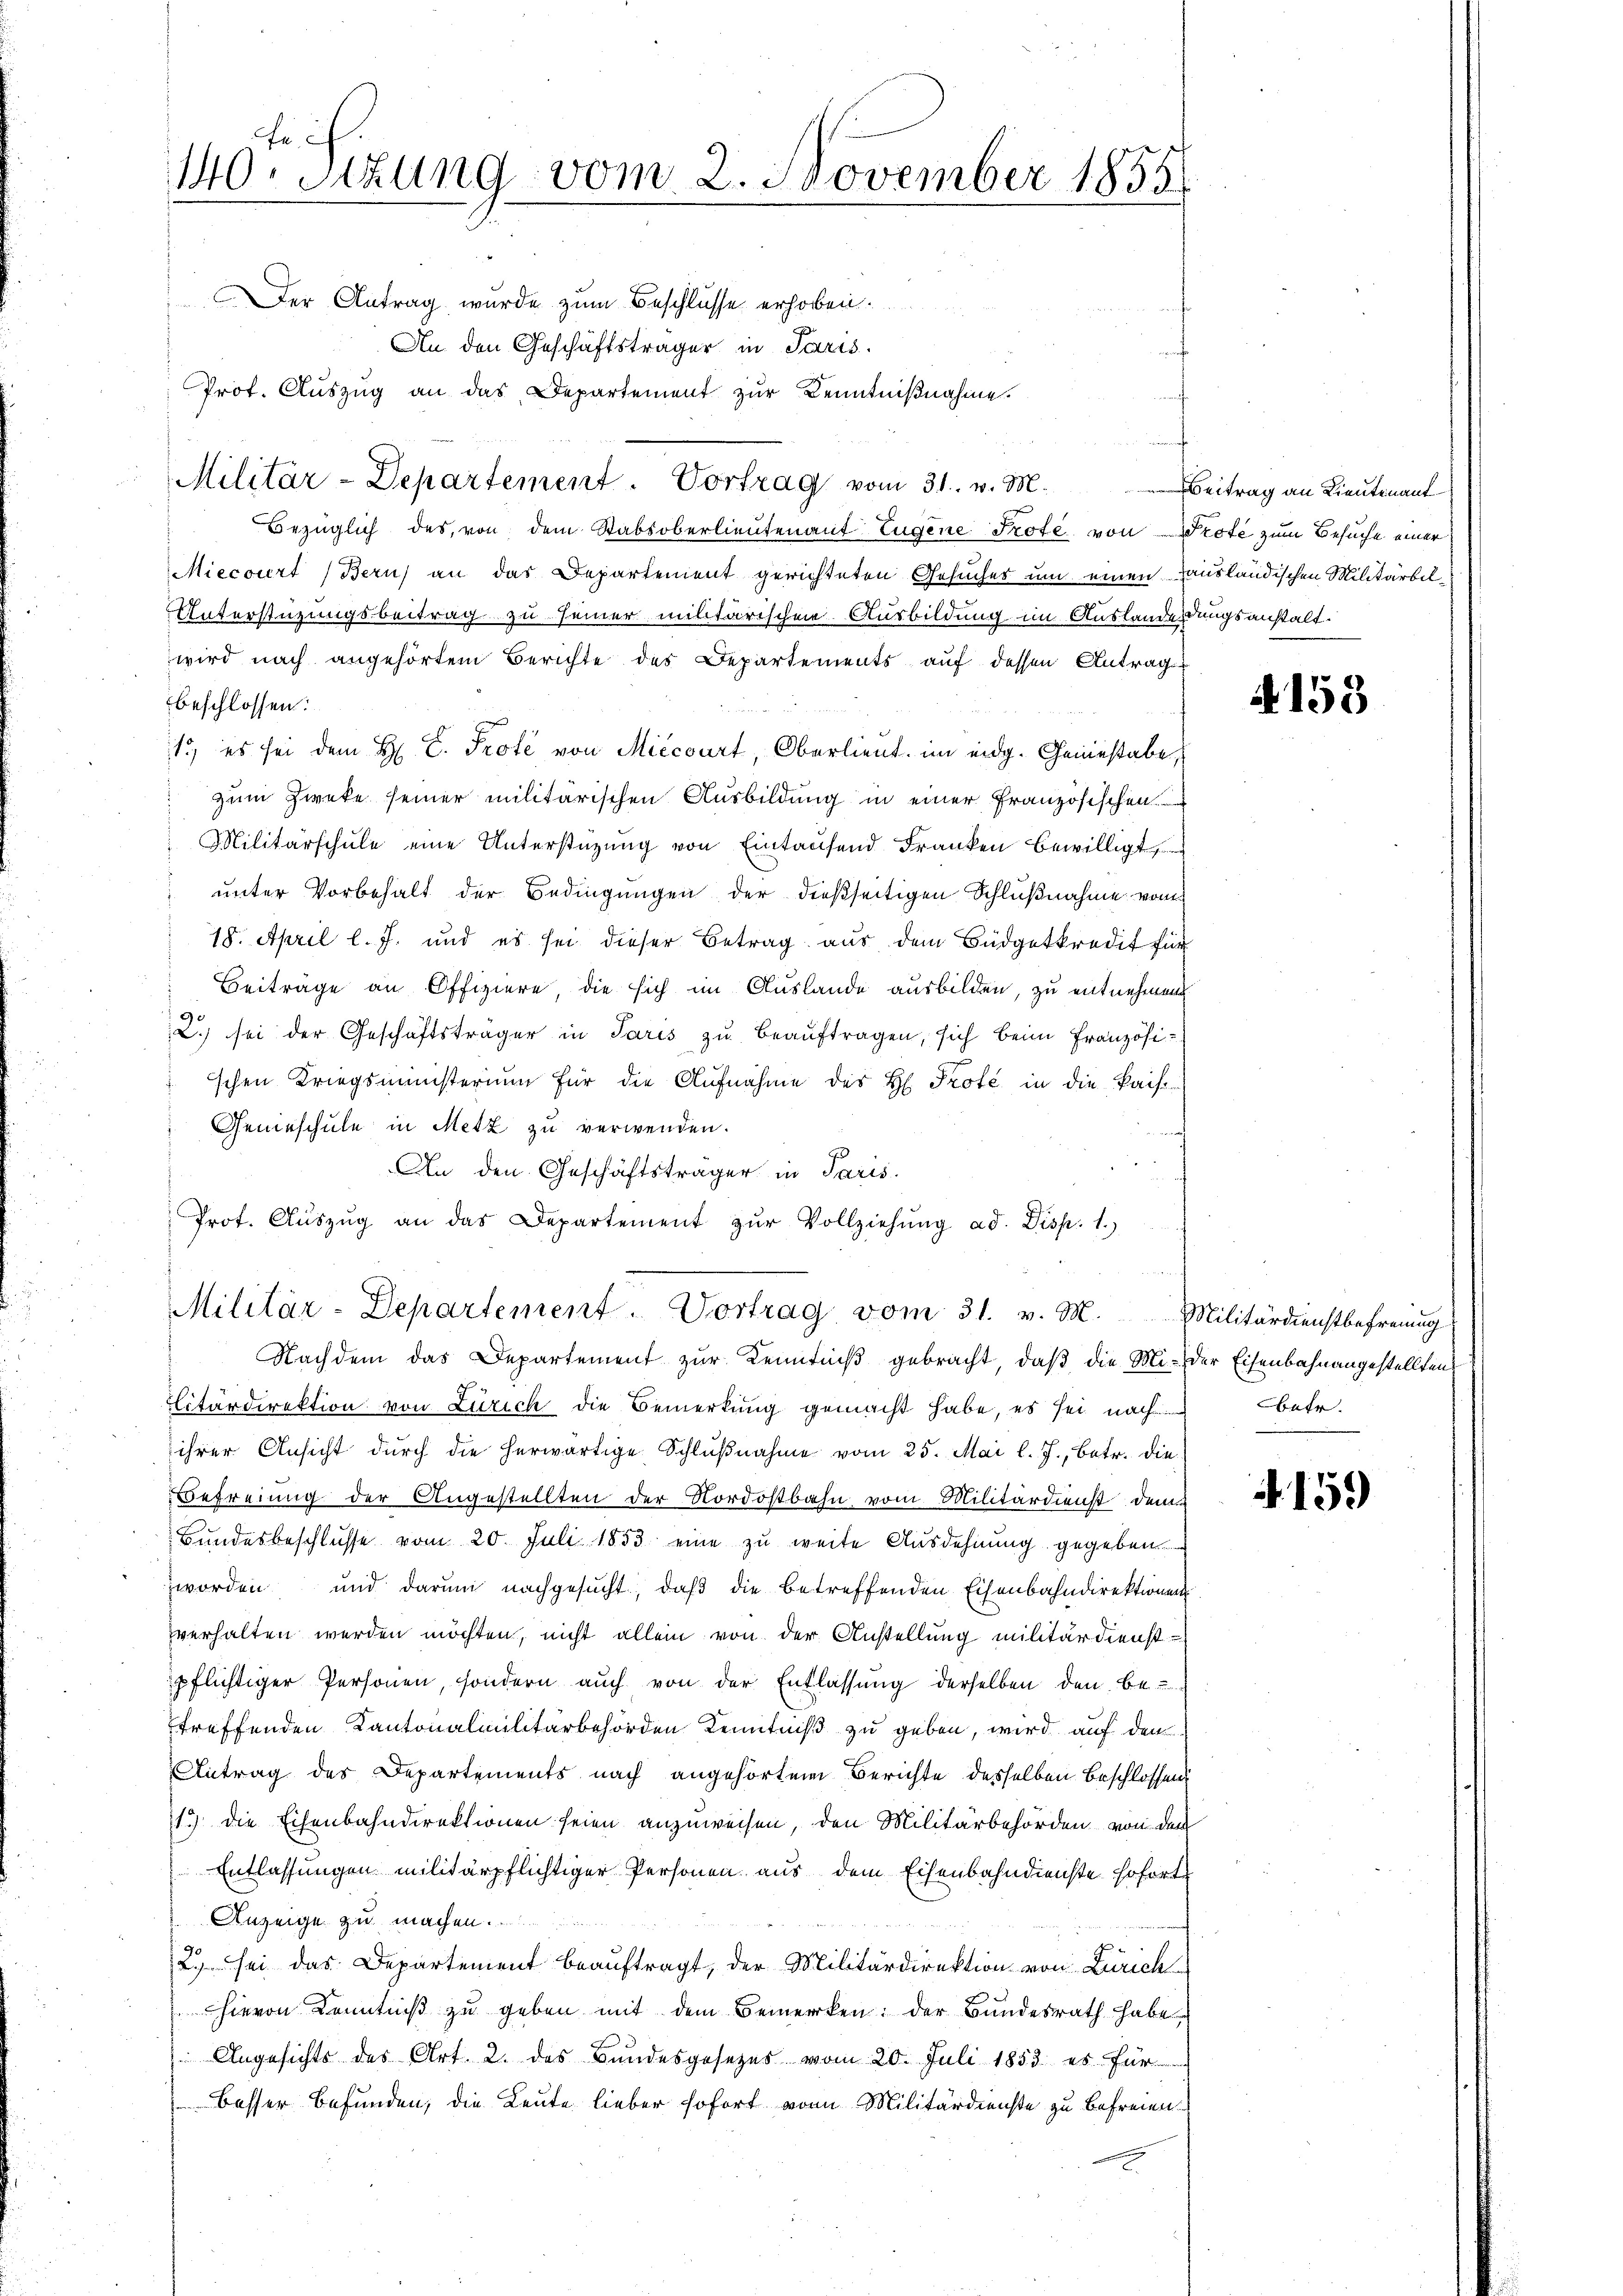
Fe
140. Sitzung vom 2. November 1855

Prof. Aŭszŭg an das Departement zŭr Kenntniβnahme.
Militär-Departement - Vortrag vom 31. v. M.

Militär-Departement. Vortrag vom 31. v. M. Militärdienstbefreung

Der Antrag, wurde zum Beschlüsse erhoben.
An den Geschäftsträger in Paris
Bezüglich des, von dem Stabsoberlieutenant Eugene Prote von Prote zum Besuche einer
Miecourt (Bern) an das Departement gerichteten Gesuches um einen Hausländischen Militärbel¬
Unterstüzungsbeitrag zu seiner militärischen Ausbildung im Auslanderdungsanstalt.
wird nach angehörtem Berichte des Departements auf dessen Antrag
beschlossen:
1., es sei dem H. C. Prote von Miccourt, Oberlieut. im eidg. Geniestabe
zum Zwecke seiner militärischen Ausbildung in einer Französischen
Militärschule eine Unterstüzung von Eintaufend Franken bewilligt,
unter Vorbehalt der Bedingungen der dießseitigen Schlußnahme vom
18. April l. J. und es sei dieser Betrag aus dem Büdgetkredit für
Beiträge an Offiziere, die sich im Auslande ausbilden, zu entnehmen
9
2) sei der Geschäftsträger in Paris zu beauftragen, sich beim Französischen Kriegsministerium für die Aufnahme des H Prote in die kais.
Genieschule in Metz zu verwenden.
An den Geschäftsträger in Paris.
.
Prot. Aŭszŭg an das Departement zŭr Vollziehŭng ad. Disp. 1.)

Nachdem das Departement zur Kenntniß gebracht, daß die Mi- der Eisenbahnangestellten,
litärdirektion von Zürich die Bemerkung gemacht habe, es sei nach
ihrer Ansicht durch die herwärtige Schlŭβnahme vom 25. Mai l. J., betr. die
efreiung der Angestellten der Nordostbahn vom Militärdienst dem
Bundesbeschlusse vom 20. Juli 1853 eine zu weite Ausdehnung gegeben
zworden und darum nachgesucht, daß die betreffenden Eisenbahndirektionen
verhalten werden möchten, nicht allein von der Anstellung militärdienstpflichtiger Personen, sondern auch von der Entlassung derselben den be
treffenden Kantonalmilitärbehörden Kenntniß zu geben, wird auf den
Antrag des Departements nach angehörten Berichte desselben Beschlossens
13 die Eisenbahndirektionen seien anzuweisen, den Militärbehörden von den
Entlassungen militärpflichtiger Personen aus dem Eisenbahndienste sofort
Anzeige zu machen.
2. sei das Departement beauftragt, der Militärdirektion von Zürich
hievon Kenntniß zu geben mit dem Bemerken: der Bundesrath habe
 Angesichts des Art. 2. des Bundesgesetzes vom 20. Juli 1853. es für
besser befunden, die Leute lieber sofort von Militärdienste zu befreien

Beitrag an Lieutenant

s

A 158

betr.

4159